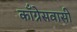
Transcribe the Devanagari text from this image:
काँग्रेसवासी